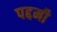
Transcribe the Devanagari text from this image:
पद्दमी